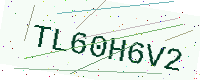
Text: TL60H6V2